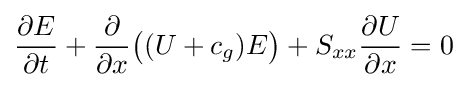
{\frac {\partial E}{\partial t}}+{\frac {\partial }{\partial x}}{\bigl (}(U+c_{g})E{\bigr )}+S_{xx}{\frac {\partial U}{\partial x}}=0